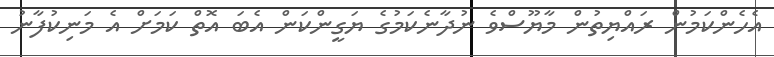
އެހެންކަމުން ރައްޔިތުން މާޔޫސްވެ ނުދާނެކަމުގެ ޔަގީންކަން އެބަ އޮތް ކަމަށް އެ މަނިކުފާނު